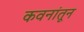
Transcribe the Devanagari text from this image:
कवनांतून